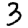
Digit: 3